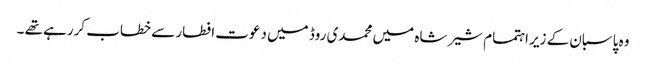
وہ پاسبان کے زیر اہتمام شیر شاہ میں محمدی روڈ میں دعوت افطار سے خطاب کررہے تھے ۔